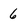
Character: 6